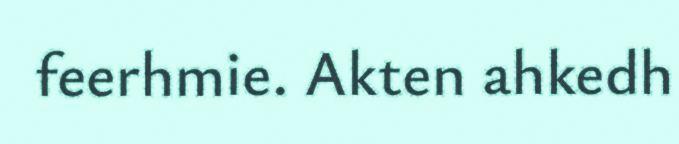
feerhmie. Akten ahkedh